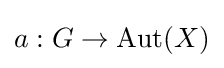
a:G\to {\text{Aut}}(X)